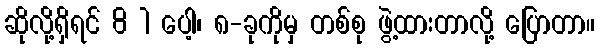
ဆိုလို့ရှိရင် 8 1 ပေါ့၊ ၈-ခုကိုမှ တစ်စု ဖွဲ့ထားတာလို့ ပြောတာ။